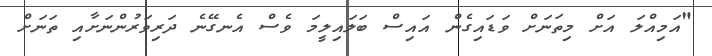
"އަމިއްލަ އަށް މިތަނަށް ވަޑައިގެން އައިސް ބަލައިލީމަ ވެސް އެނގޭނެ ދަރިވަރުންނަށާއި ތަނަށް